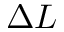
\Delta L